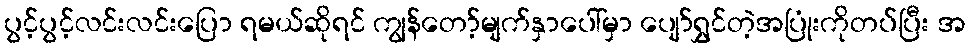
ပွင့်ပွင့်လင်းလင်းပြော ရမယ်ဆိုရင် ကျွန်တော့်မျက်နှာပေါ်မှာ ပျော်ရွှင်တဲ့အပြုံးကိုတပ်ပြီး အ